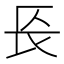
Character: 𨱗